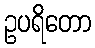
ဥပရိတော